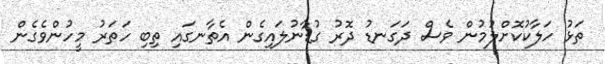
ތަޅު ހަލާކުކޮށްލުމުން ވެސް ދަގަނޑު ދޮރު ގުޑާނުލައިގެން އެތާނގައި ތިބި ހަތަރު މީހުންވެގެން